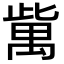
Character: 歶